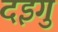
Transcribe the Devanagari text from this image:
दइगु